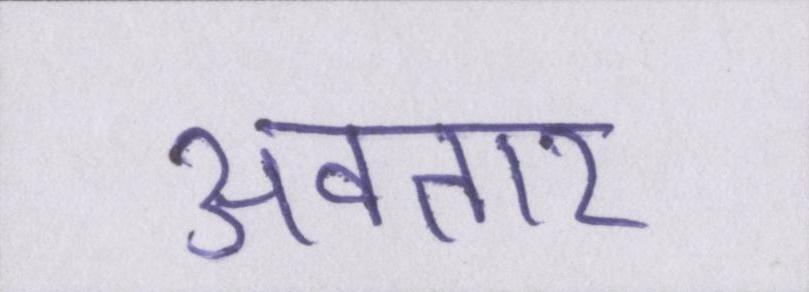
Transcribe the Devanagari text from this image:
अवतार